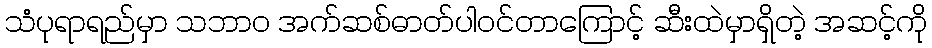
သံပုရာရည်မှာ သဘာ၀ အက်ဆစ်ဓာတ်ပါဝင်တာကြောင့် ဆီးထဲမှာရှိတဲ့ အဆင့်ကို